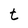
Character: t